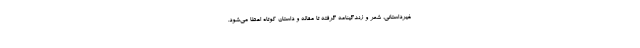
غیرداستانی، شعر و زندگینامه گرفته تا مقاله و داستان کوتاه اعطا می‌شود.